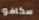
سكافو